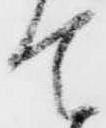
て